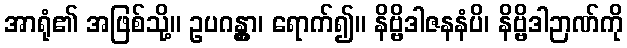
အာရုံ၏ အဖြစ်သို့။ ဥပဂန္တွာ၊ ရောက်၍။ နိဗ္ဗိဒါဇနနံပိ၊ နိဗ္ဗိဒါဉာဏ်ကို